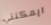
ايمكنني